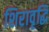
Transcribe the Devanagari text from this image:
शिरावृद्धि